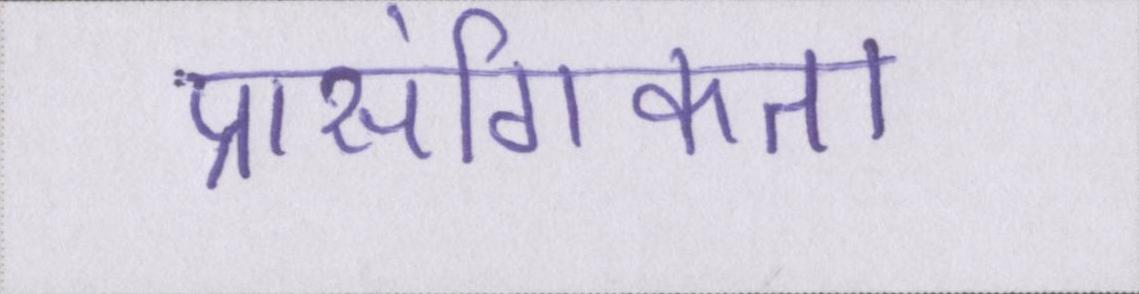
प्रासंगिकता